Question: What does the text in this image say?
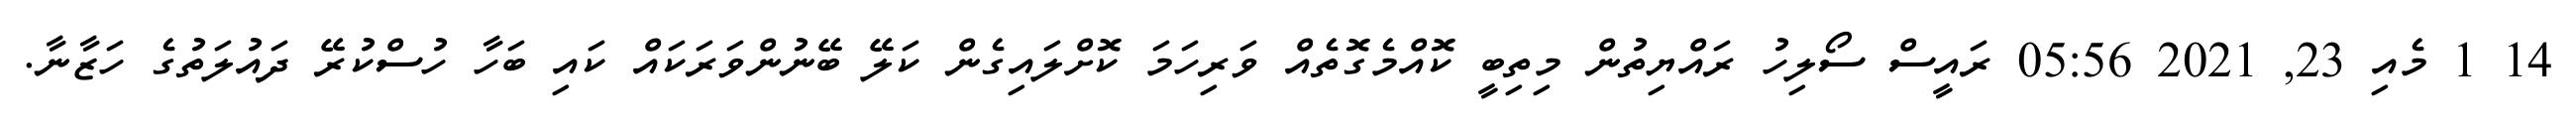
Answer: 14 1 މެއި 23, 2021 05:56 ރައީސް ސޯލިހު ރައްޔިތުން މިތިބީ ކޮއްމެގޮތެއް ވަރިހަމަ ކޮށްލައިގެން ކަލޭ ބޭނުންވަރަކައް ކައި ބަހާ ހުސްކުރޭ ދައުލަތުގެ ހަޒާނާ.